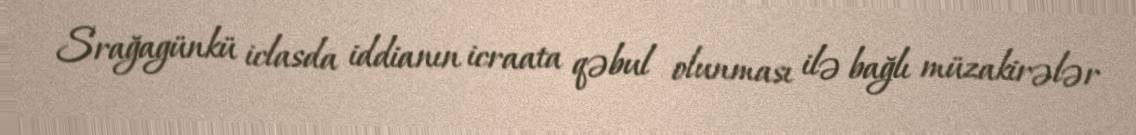
Srağagünkü iclasda iddianın icraata qəbul olunması ilə bağlı müzakirələr